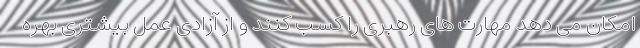
امکان می دهد مهارت های رهبری را کسب کنند و از آزادی عمل بیشتری بهره